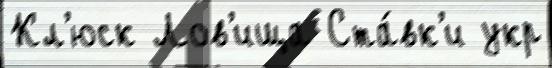
Кл'юск Лов'ища Ста́вк'и укр